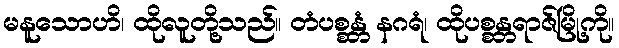
မနူသောဟိ၊ ထိုလူတို့သည်။ တံပစ္စန္တံ နဂရံ၊ ထိုပစ္စန္တရာဇ်မြို့ကို။